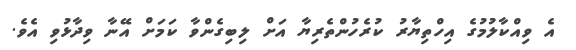
އެ ވިއްކާލުމުގެ އިހްތިޔާރު ކުރެހުންތެރިޔާ އަށް ލިބިގެންވާ ކަމަށް އޭނާ ވިދާޅުވި އެވެ.